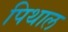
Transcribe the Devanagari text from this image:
पिथाल